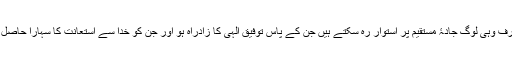
صرف وہی لوگ جادۂ مستقیم پر استوار رہ سکتے ہیں جن کے پاس توفیق الٰہی کا زادراہ ہو اور جن کو خدا سے استعانت کا سہارا حاصل ہو۔